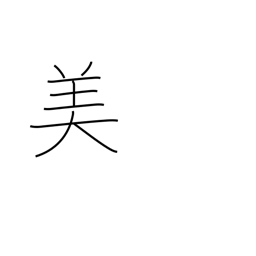
Meaning: beautiful